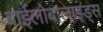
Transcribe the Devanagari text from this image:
बाईलोबालाइड्स